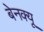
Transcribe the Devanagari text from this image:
बेनक्यू